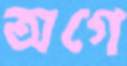
অগে